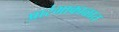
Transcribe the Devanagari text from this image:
प्रारंभाकाळात